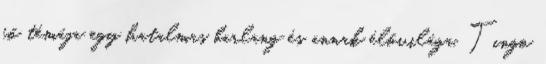
fő témája egy hatalmas barlang és annak élővilága. Tingo